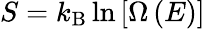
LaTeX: S=k_{\mathrm{B}}\ln\left[\Omega\left(E\right)\right]